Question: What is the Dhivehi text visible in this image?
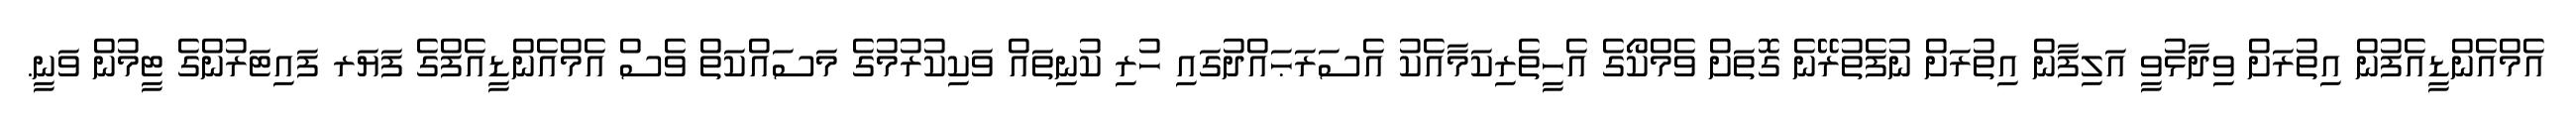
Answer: އެމްއެންޑީއެފުން އިތުރަށް ވިދާޅުވީ އަލިފާން އިތުރަށް ނުފެތުރޭނެ ގޮތަށް ވެމްކޯގެ އެހީތެރިކަމާއެކު އެސަރަޙައްދުގައި ހުރި ކުނިތައް ވަކިކުރުމުގެ މަސައްކަތް ވެސް އެމްއެންޑީއެފްގެ ފަޔަރ ފައިޓަރުންގެ ޓީމުން ވަނީ.